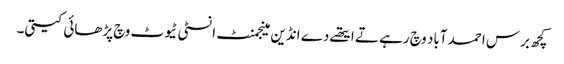
کچھ برس احمد آباد وچ رہے تے ایتھے دے انڈین مینجمنٹ انسٹی ٹیوٹ وچ پڑھائی کیتی۔